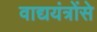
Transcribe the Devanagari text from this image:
वाद्ययंत्रोंसे